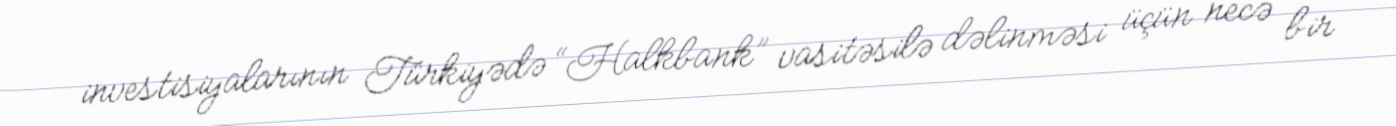
investisiyalarının Türkiyədə “Halkbank” vasitəsilə dəlinməsi üçün necə bir